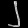
Digit: ၂